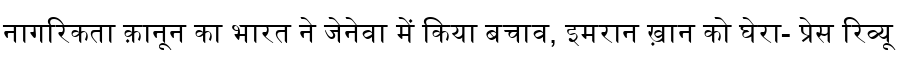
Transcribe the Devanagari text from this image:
नागरिकता क़ानून का भारत ने जेनेवा में किया बचाव, इमरान ख़ान को घेरा- प्रेस रिव्यू